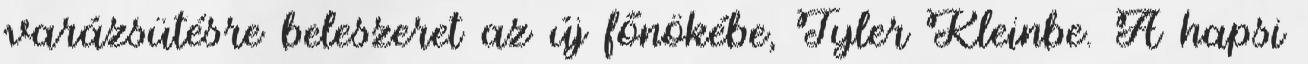
varázsütésre beleszeret az új főnökébe, Tyler Kleinbe. A hapsi